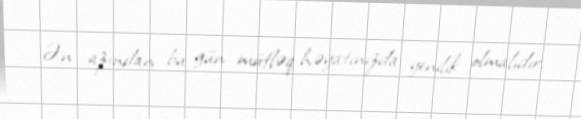
Ən azından bu gün mütləq həyatınızda yenilik olmalıdır.